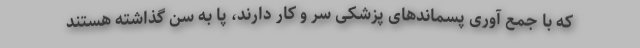
که با جمع آوری پسماند‌های پزشکی سر و کار دارند، پا به سن گذاشته هستند